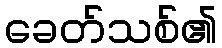
ခေတ်သစ်၏